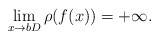
\begin{align*}\lim_{x\to bD} \rho(f(x))=+\infty.\end{align*}